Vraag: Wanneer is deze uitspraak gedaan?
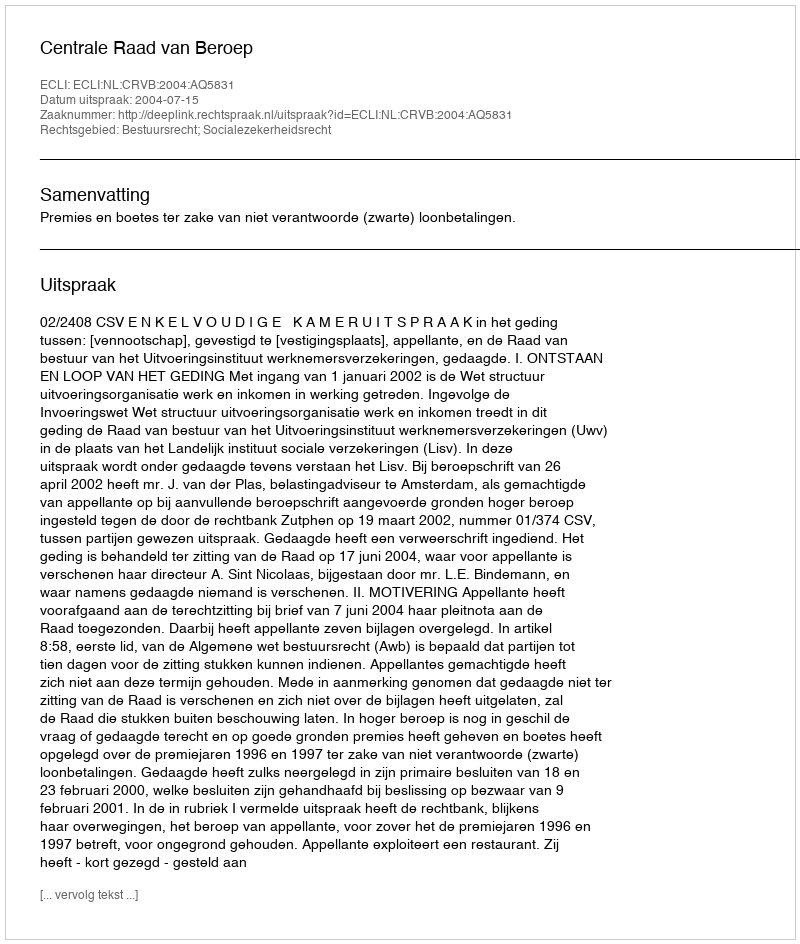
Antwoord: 2004-07-15